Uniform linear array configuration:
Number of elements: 16
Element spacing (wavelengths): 1
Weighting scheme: binomial
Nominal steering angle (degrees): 60
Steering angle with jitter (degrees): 60.337
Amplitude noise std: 0.05
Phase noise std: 0.05

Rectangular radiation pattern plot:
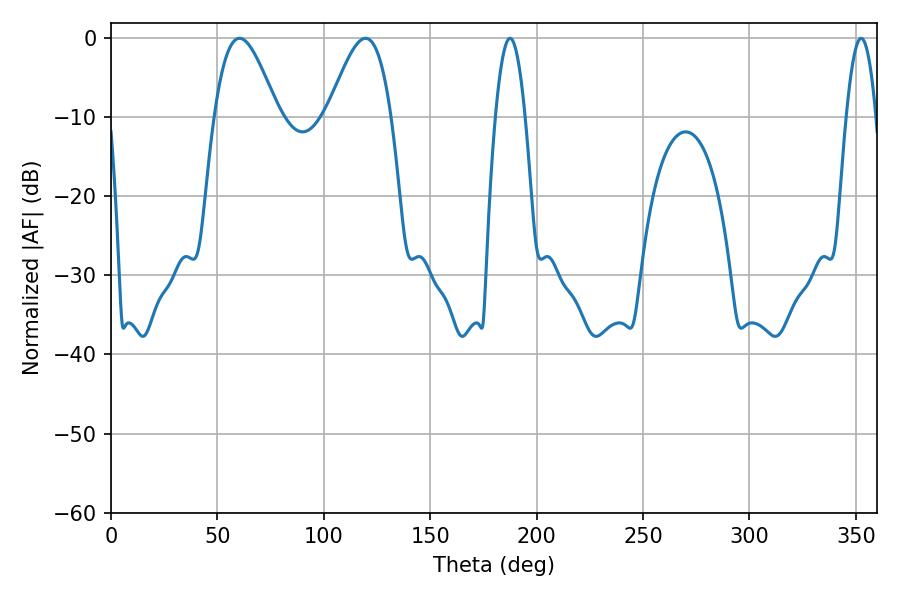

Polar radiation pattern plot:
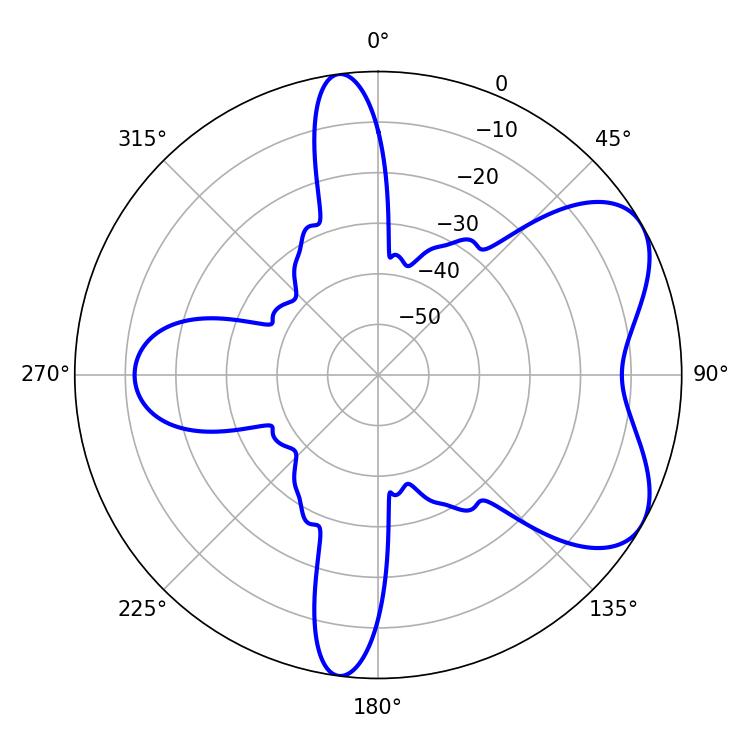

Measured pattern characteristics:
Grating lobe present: TRUE
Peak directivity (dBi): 6.025
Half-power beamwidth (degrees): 15.84
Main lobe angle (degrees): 60.3